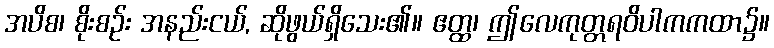
အပိစ၊ စိုးစဉ်း အနည်းငယ်, ဆိုဖွယ်ရှိသေး၏။ ဧတ္ထ၊ ဤလေကုတ္တရဝိပါကကထာ၌။